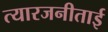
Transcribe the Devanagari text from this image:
त्यारजनीताई